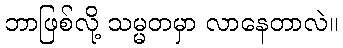
ဘာဖြစ်လို့ သမ္မတမှာ လာနေတာလဲ။